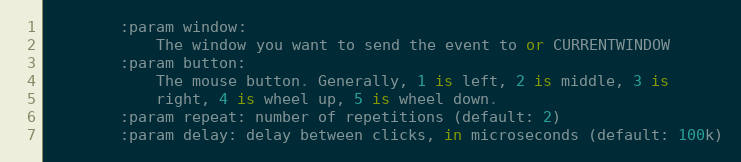
Language: Python
        :param window:
            The window you want to send the event to or CURRENTWINDOW
        :param button:
            The mouse button. Generally, 1 is left, 2 is middle, 3 is
            right, 4 is wheel up, 5 is wheel down.
        :param repeat: number of repetitions (default: 2)
        :param delay: delay between clicks, in microseconds (default: 100k)